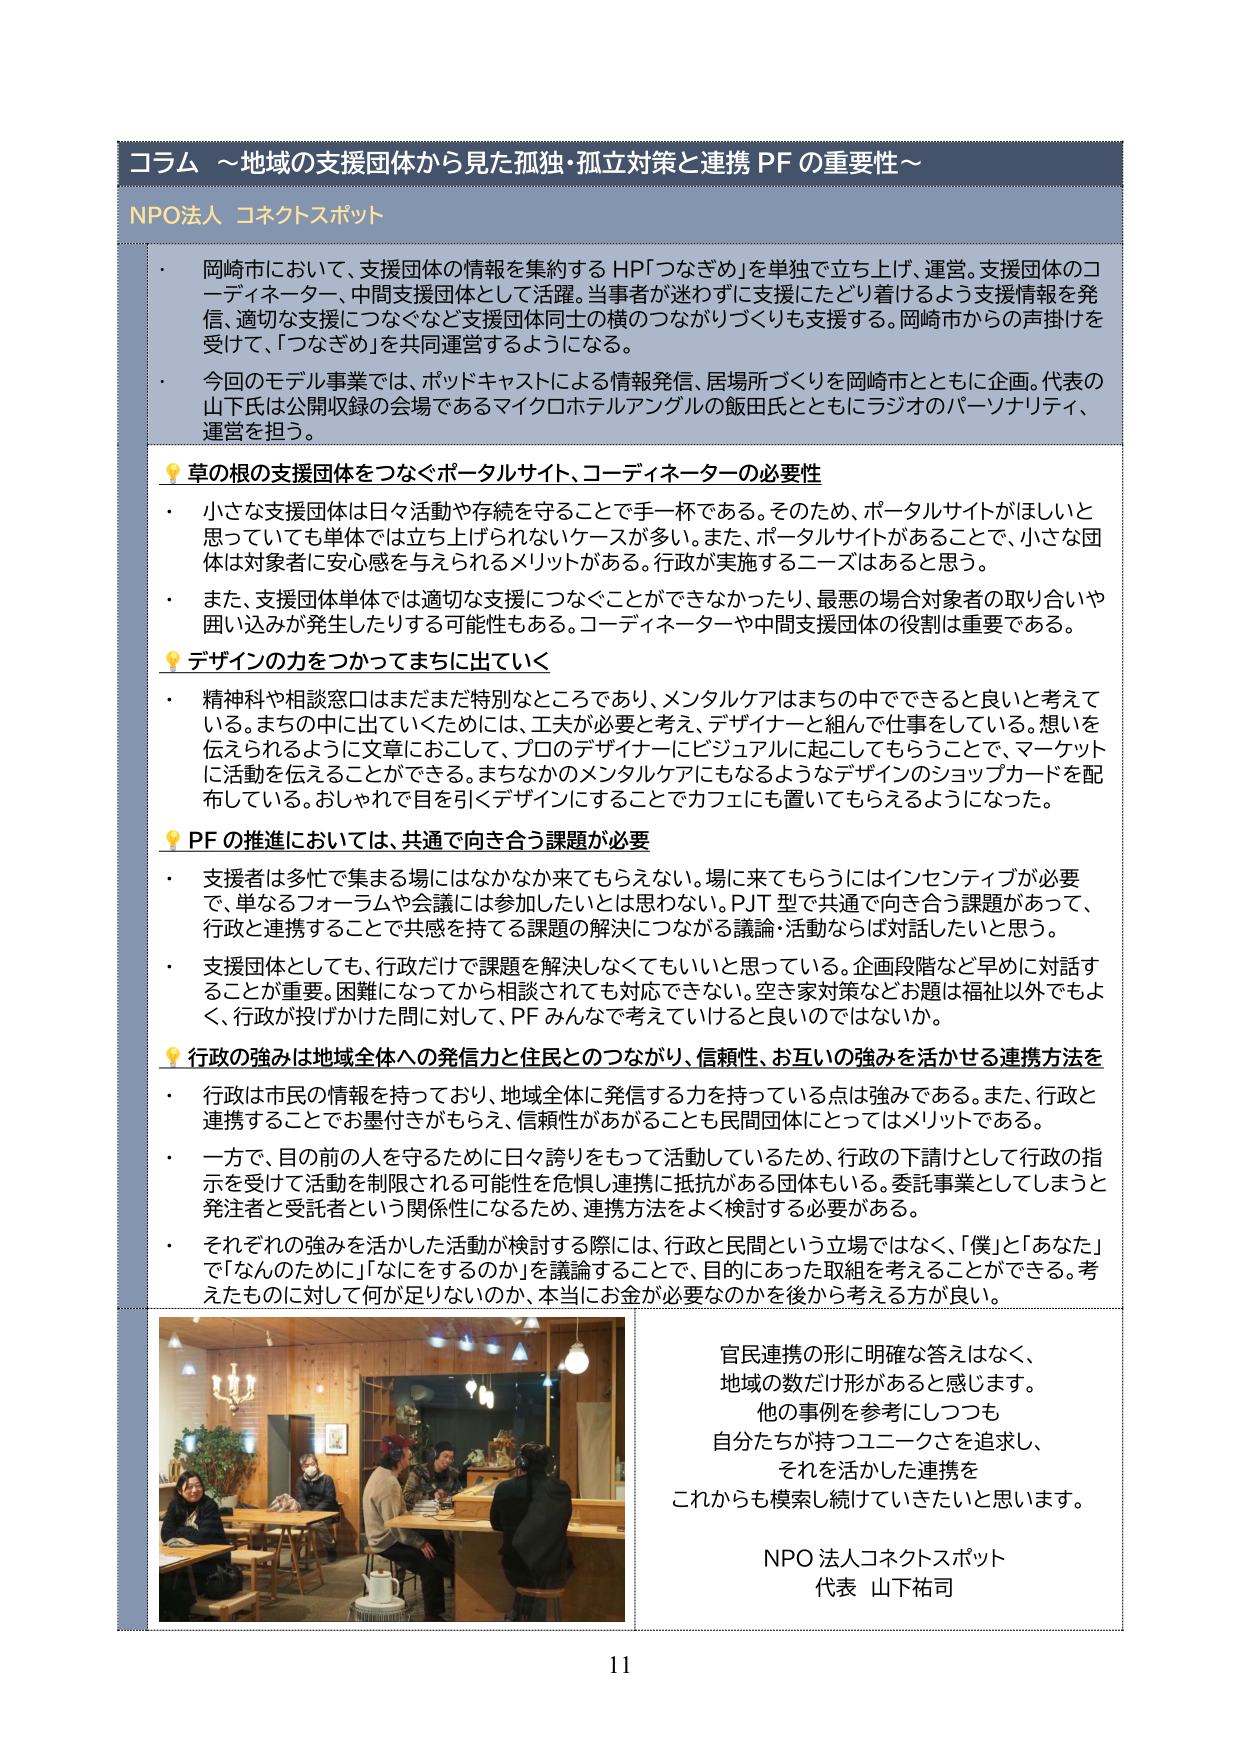
コラム ～地域の支援団体から見た孤独・孤立対策と連携 PF の重要性～

NPO法人 コネクトスポット

・ 岡崎市において、支援団体の情報を集約する HP「つなぎめ」を単独で立ち上げ、運営。支援団体のコーディネーター、中間支援団体として活躍。当事者が迷わずに対支援にたどり着けるよう支援情報を発信、適切な支援につなぐなど支援団体同士の横のつながりづくりも支援する。岡崎市からの声掛けを受けて、「つなぎめ」を共同運営するようになる。

・ 今回のモデル事業では、ポッドキャストによる情報発信、居場所づくりを岡崎市とともに企画。代表の山下氏は公開収録の会場であるマイクロホテルアングルの飯田氏とともにラジオのパーソナリティ、運営を担当。

💡 草の根の支援団体をつなぐポータルサイト、コーディネーターの必要性

・ 小さな支援団体は日々活動や存続を守ることで手一杯である。そのため、ポータルサイトがほしいと思っていても単体では立ち上げられないケースが多い。また、ポータルサイトがあることで、小さな団体は対象者に安心感を与えられるメリットがある。行政が実施するニーズはあると思う。

・ また、支援団体単体では適切な支援につなぐことができなかったり、最悪の場合対象者の取り合いや囲い込みが発生したりする可能性もある。コーディネーターや中間支援団体の役割は重要である。

💡 デザインの力をつかってまちに出ていく

・ 精神科や相談窓口はまだまだ特別なところであり、メンタルケアはまちの中でできると良いと考えている。まちの中に出ていくためには、工夫が必要と考え、デザイナーと組んで仕事をしている。想いを伝えられるように文章におこして、プロのデザイナーにビジュアルに起こしてもらうことで、マーケットに活動を伝えることができる。まちなかのメンタルケアにもなるようなデザインのショップカードを配布している。おしゃれで目を引くデザインにすることでカフェにも置いてもらえるようになった。

💡 PF の推進においては、共通で向き合う課題が必要

・ 支援者は多忙で集まる場にはなかなか来てくれない。場に来てもらうにはインセンティブが必要で、単なるフォーラムや会議には参加したいとは思わない。PJ 型で共通で向き合う課題があって、行政と連携することで共感を持てる課題の解決につながる議論・活動ならば対話したいと思う。

・ 支援団体としても、行政だけで課題を解決しなくてもいいと思っている。企画段階など早めに対話することが重要。困難になってから相談されても対応できない。空き家対策などお題は福祉以外でもよく、行政が投げかけた問いに対して、PF みんなで考えていけると良いのではないか。

💡 行政の強みは地域全体への発信力と住民とのつながり、信頼性、お互いの強みを活かせる連携方法を

・ 行政は市民の情報を持っており、地域全体に発信する力を持っている点は強みである。また、行政と連携することでお墨付きがもらえ、信頼性があがることも民間団体にとってはメリットである。

・ 一方で、目の前の人を守るために日々誇りをもって活動しているため、行政の下請けとして行政の指示を受けて活動を制限される可能性を危惧し連携に抵抗がある団体もいる。委託事業としてしまうと発注者と受託者という関係性になるため、連携方法をよく検討する必要がある。

・ それぞれの強みを活かした活動が検討する際には、行政と民間という立場ではなく、「僕」と「あなた」で「なんのために」「なにをするのか」を議論することで、目的にあった取組を考えることができる。考えたものに対して何が足りないのか、本当にお金が必要なのかを後から考える方が良い。

官民連携の形に明確な答えはなく、
地域の数だけ形があると感じます。
他の事例を参考にしつつも
自分たちが持つユニークさを追求し、
それを活かした連携を
これからも模索し続けていきたいと思います。

NPO 法人コネクトスポット
代表 山下祐司

11